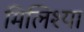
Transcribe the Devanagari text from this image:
मिलिश्या